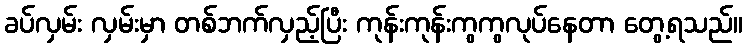
ခပ်လှမ်း လှမ်းမှာ တစ်ဘက်လှည့်ပြီး ကုန်းကုန်းကွကွလုပ်နေတာ တွေ့ရသည်။